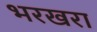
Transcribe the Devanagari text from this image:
भरखरा